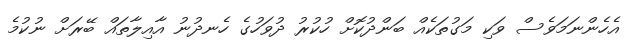
އެހެންނަމަވެސް ވަކި މަގުތަކެއް ބަންދުކޮށް ހުކުރު ދުވަހުގެ ހެނދުނު އާއިލާތައް ބޭރަށް ނުކުމެ